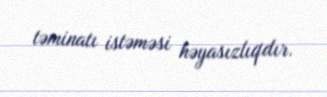
təminatı istəməsi həyasızlıqdır.